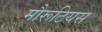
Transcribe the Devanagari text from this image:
मौरूटियस